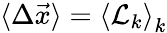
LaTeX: \langle\Delta\vec{x}\rangle=\left\langle\mathcal{L}_{k}\right\rangle_{k}